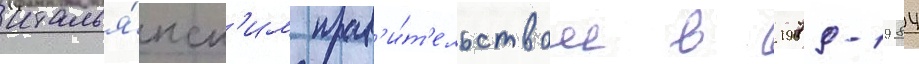
италья́нск'им прав'и́т'ельством в 1979-1984